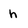
Character: h